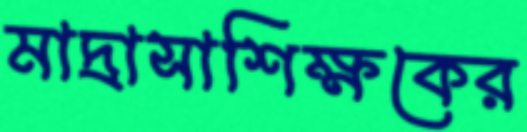
মাদ্রাসাশিক্ষকের